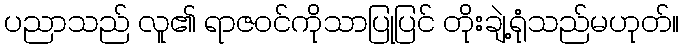
ပညာသည် လူ၏ ရာဇဝင်ကိုသာပြုပြင် တိုးချဲ့ရုံသည်မဟုတ်။